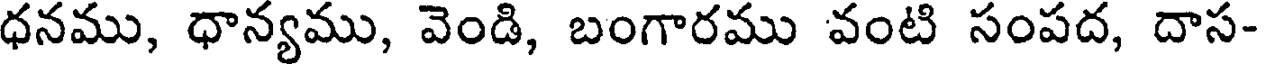
ధనము, ధాన్యము, వెండి, బంగారము వంటి సంపద, దాస-